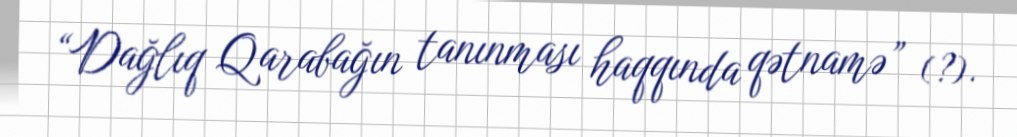
“Dağlıq Qarabağın tanınması haqqında qətnamə” (?).